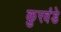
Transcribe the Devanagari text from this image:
कुरवंडे